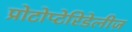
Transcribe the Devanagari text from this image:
प्रोटोप्टेरिडेलीज़